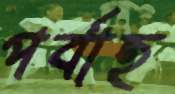
পর্বাহ